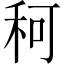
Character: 𥞍